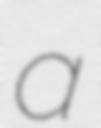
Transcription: a